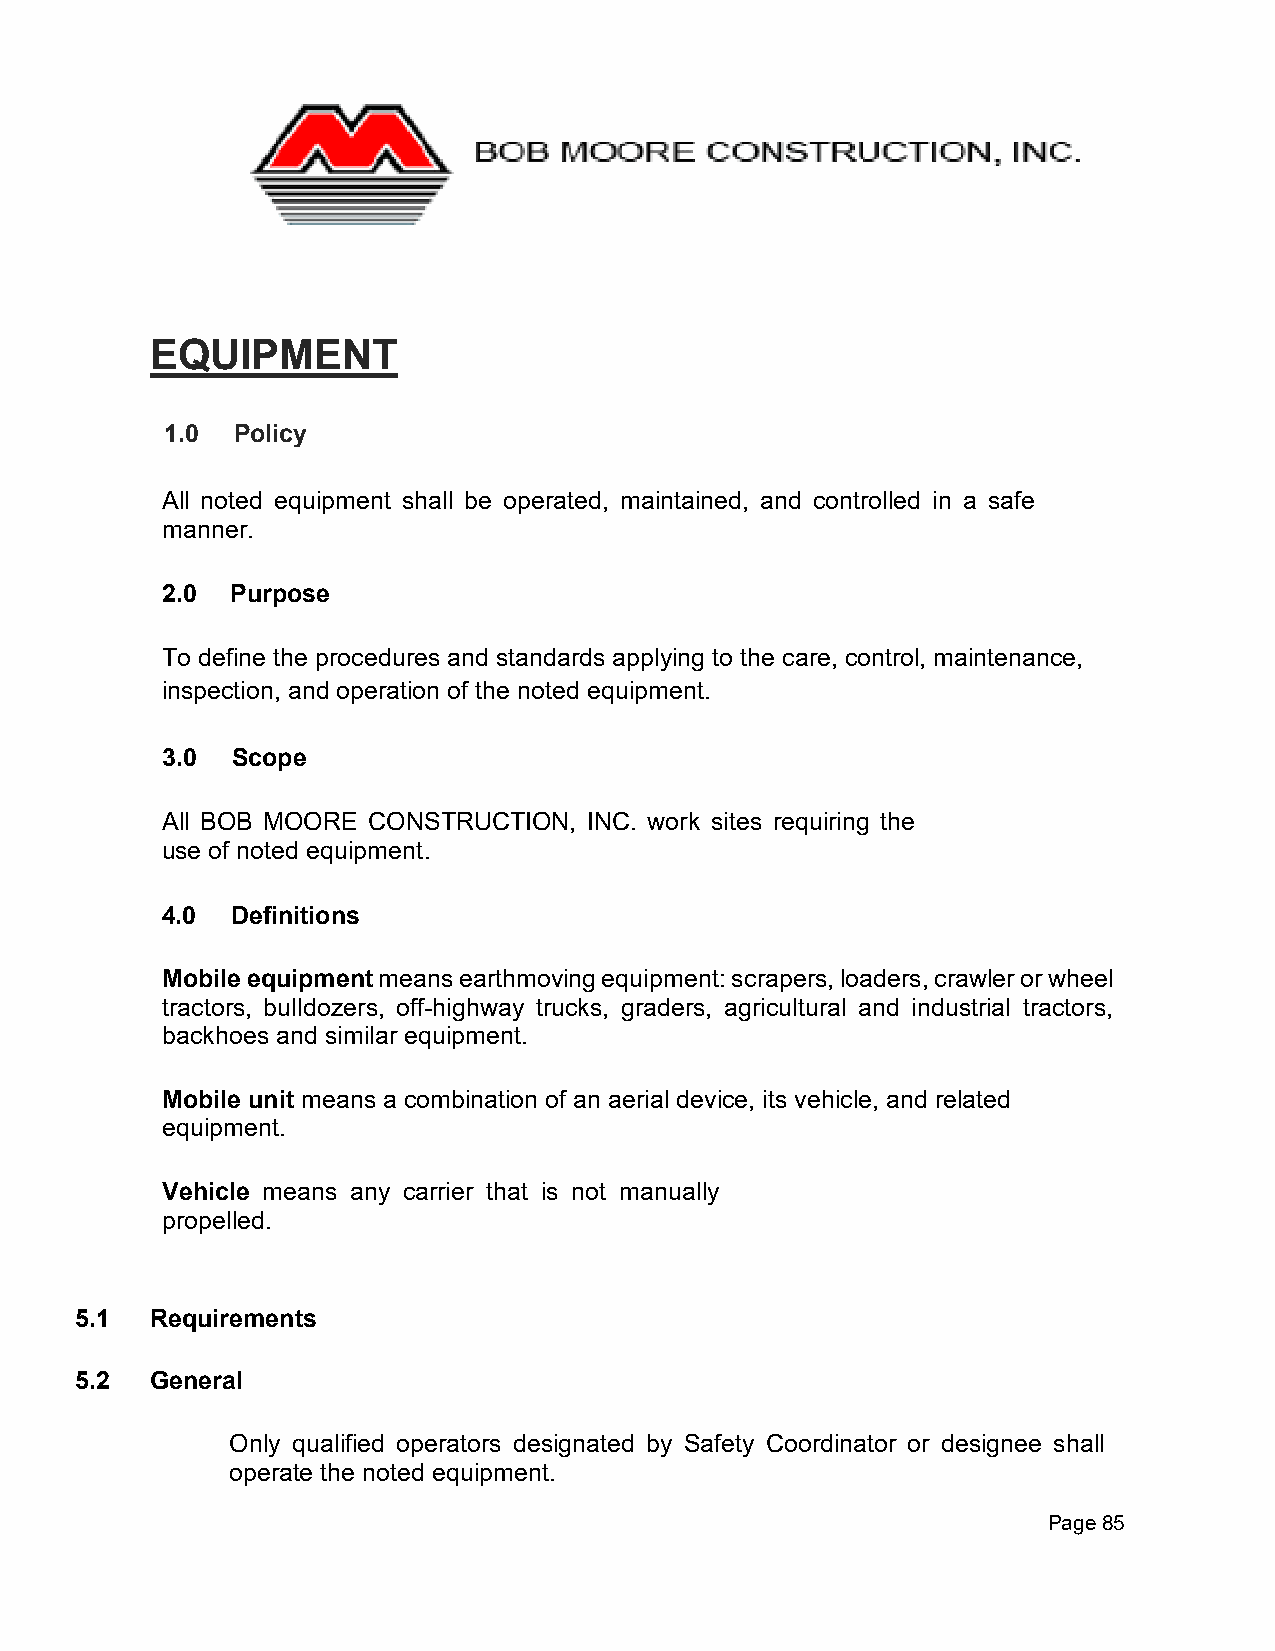
EQUIPMENT
 1.0 Policy
 All noted equipment shall be operated, maintained, and controlled in a safe
 manner.
 2.0 Purpose
 To define the procedures and standards applying to the care, control, maintenance,
 inspection, and operation of the noted equipment.
 3.0 Scope
 All BOB MOORE CONSTRUCTION, INC. work sites requiring the
 use of noted equipment.
 4.0 Definitions
 Mobile equipment means earthmoving equipment: scrapers, loaders, crawler or wheel
 tractors, bulldozers, off-highway trucks, graders, agricultural and industrial tractors,
 backhoes and similar equipment.
 Mobile unit means a combination of an aerial device, its vehicle, and related
 equipment.
 Vehicle means any carrier that is not manually
 propelled.
 5.1  Requirements
 5.2  General
 Only qualified operators designated by Safety Coordinator or designee shall
 operate the noted equipment.
 Page 85